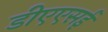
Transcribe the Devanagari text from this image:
डीएएसई